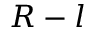
R - l